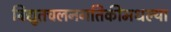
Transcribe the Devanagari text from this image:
विद्युतचलनगतिकीमधल्या